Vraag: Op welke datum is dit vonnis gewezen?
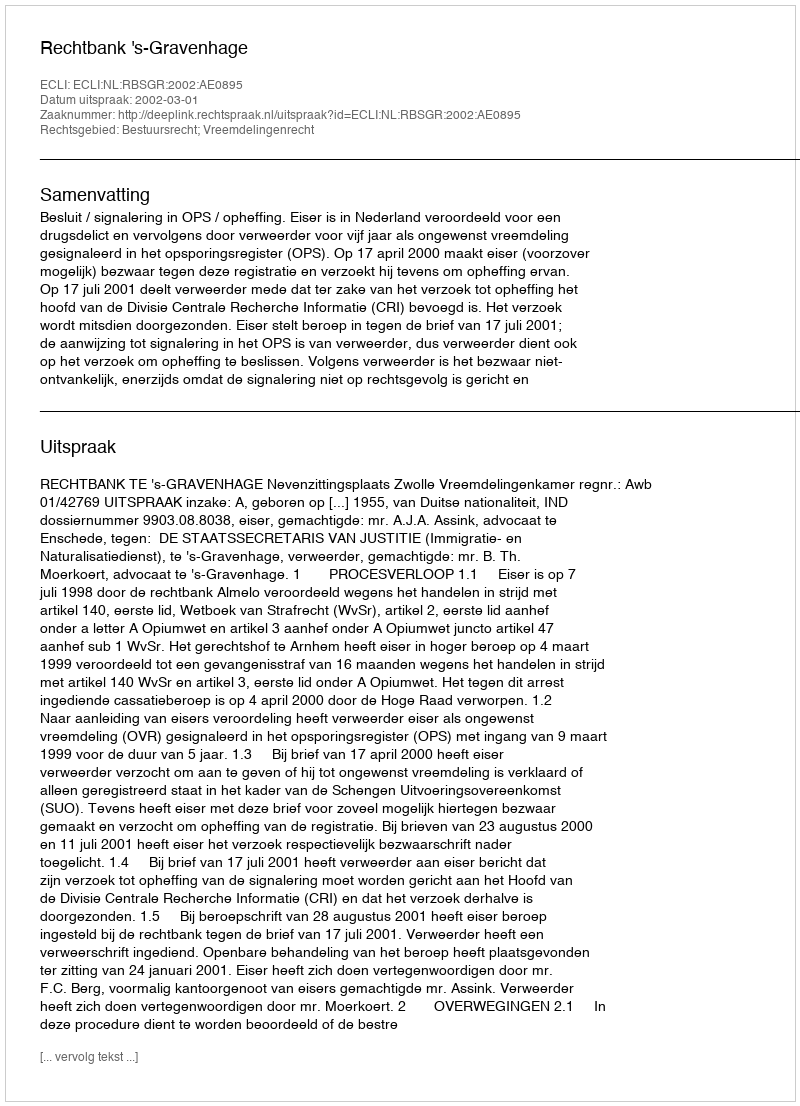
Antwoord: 2002-03-01